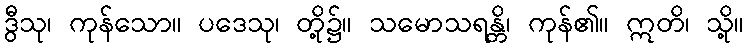
ဒွီသု၊ ကုန်သော။ ပဒေသု၊ တို့၌။ သမောသရန္တိ၊ ကုန်၏။ ဣတိ၊ သို့။